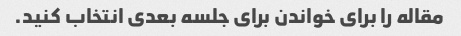
مقاله را برای خواندن برای جلسه بعدی انتخاب کنید.